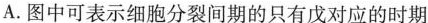
A.图中可表示细胞分裂间期的只有戊对应的时期